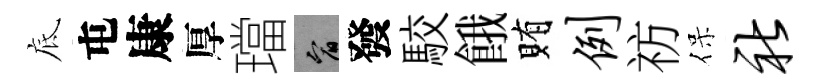
底屯康厚璫宥發駮餓賄例祊保社